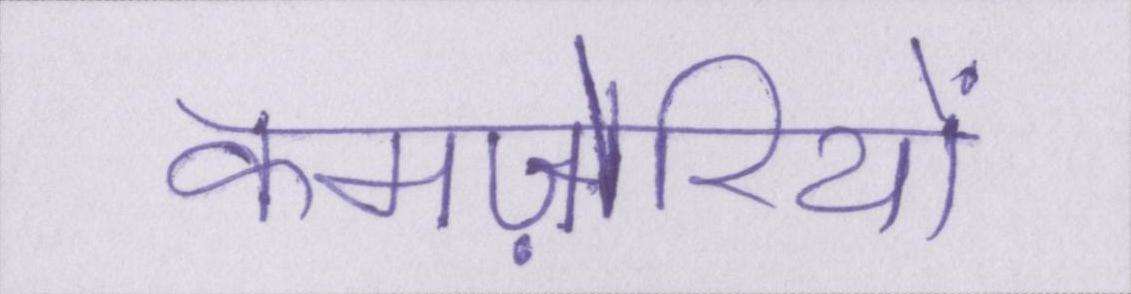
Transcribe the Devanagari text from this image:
कमज़ोरियों